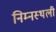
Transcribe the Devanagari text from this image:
निम्नस्थली